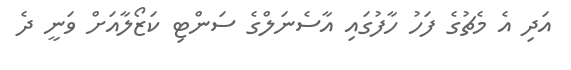
އަދި އެ މެޗުގެ ފަހު ހާފުގައި އާސެނަލްގެ ސަންޓި ކަޒޯލާއަށް ވަނީ ދެ